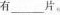
有___片。